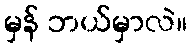
မှန် ဘယ်မှာလဲ။